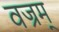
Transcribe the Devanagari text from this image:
वज्रम्